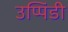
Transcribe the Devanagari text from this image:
उप्पिंडी